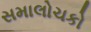
સમાલોચકો